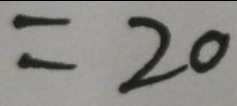
= 2 0